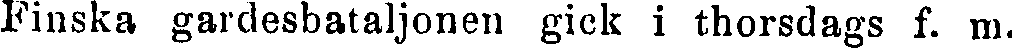
Finska gardesbataljonen gick i thorsdags f. m.